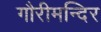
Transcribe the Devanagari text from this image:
गौरीमन्दिर